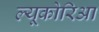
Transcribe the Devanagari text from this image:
ल्यूकोरिआ